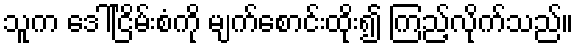
သူက ဒေါ်ငြိမ်းစံကို မျက်စောင်းထိုး၍ ကြည့်လိုက်သည်။